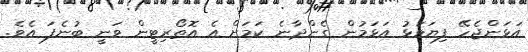
އަޅަންޖެހޭ ފިޔަވަޅު އަޅަމުން ގެންދާނެ ކަމަށް އެ އޮތޯރިޓީން ވަނީ ބުނެފަ އެވެ.